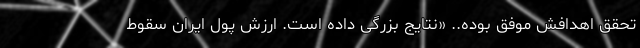
تحقق اهدافش موفق بوده.. «نتایج بزرگی داده است. ارزش پول ایران سقوط